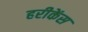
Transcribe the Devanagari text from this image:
हरीकेंस